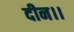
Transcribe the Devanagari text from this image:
दीन।।